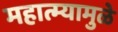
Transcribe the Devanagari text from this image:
महात्म्यामुळे